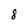
Character: 8